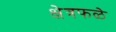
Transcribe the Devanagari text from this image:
क्षेत्रफळे